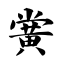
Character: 黉